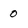
Character: 0